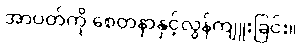
အာပတ်ကို စေတနာနှင့်လွန်ကျူးခြင်း။